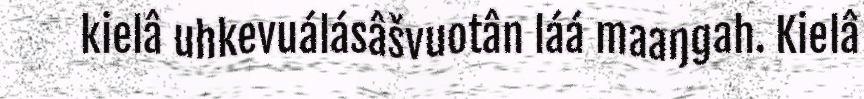
kielâ uhkevuálásâšvuotân láá maaŋgah. Kielâ